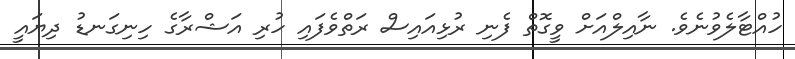
ހުއްޓާލެވުނެވެ. ނާއިލްއަށް ވީގޮތް ފެނި ރުޅިއައިސް ރަތްވެފައި ހުރި އަޝްރާގެ ހިނިގަނޑު ދިޔައީ